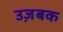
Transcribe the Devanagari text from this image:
उज़बक